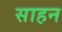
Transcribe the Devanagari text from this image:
साहन